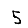
Digit: 5